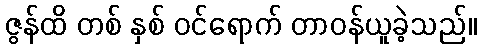
ဇွန်ထိ တစ် နှစ် ဝင်ရောက် တာဝန်ယူခဲ့သည်။